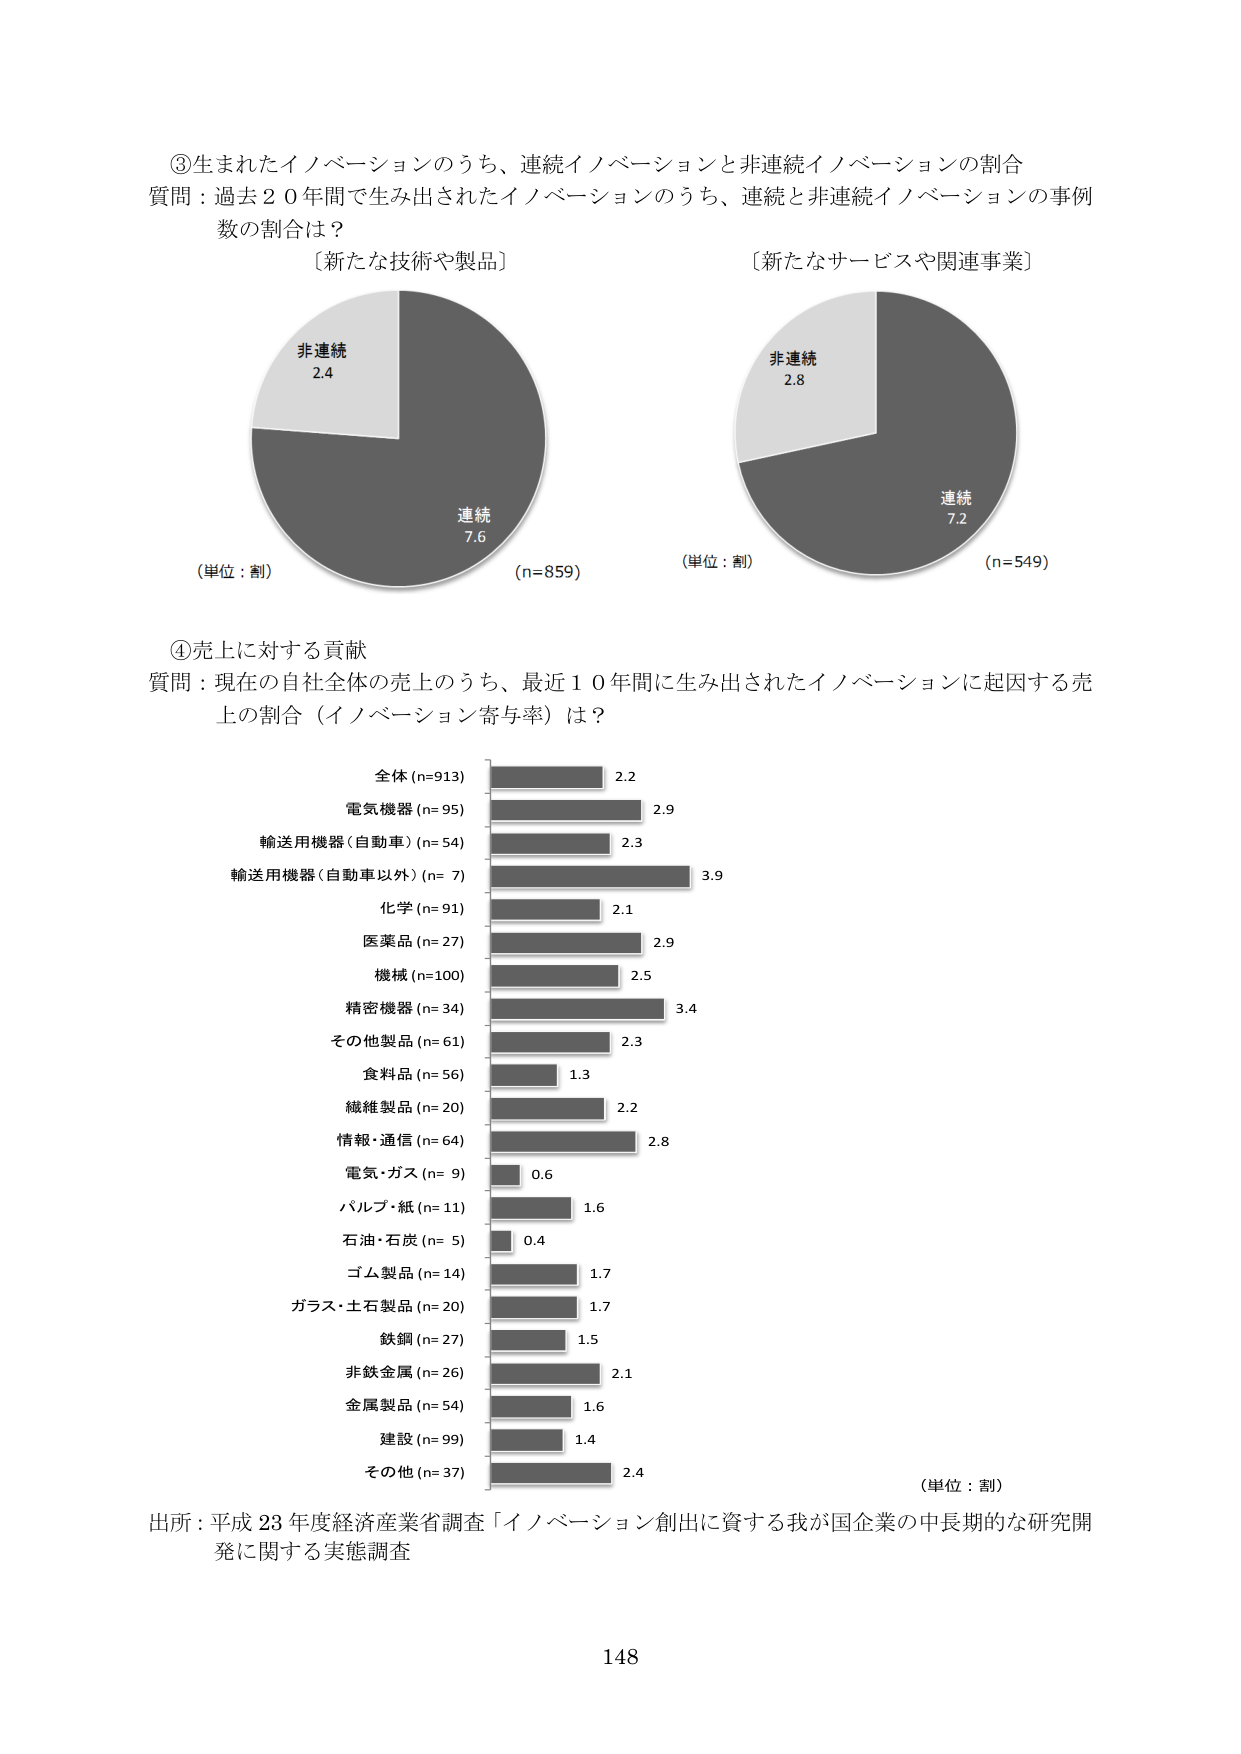
③生まれたイノベーションのうち、連続イノベーションと非連続イノベーションの割合
質問：過去２０年間で生み出されたイノベーションのうち、連続と非連続イノベーションの事例数の割合は？
［新たな技術や製品］
非連続
2.4
連続
7.6
（単位：割）
（n=859）
［新たなサービスや関連事業］
非連続
2.8
連続
7.2
（単位：割）
（n=549）

④売上に対する貢献
質問：現在の自社全体の売上のうち、最近１０年間に生み出されたイノベーションに起因する売上の割合（イノベーション寄与率）は？
全体 (n=913) 2.2
電気機器 (n=95) 2.9
輸送用機器（自動車）(n=54) 2.3
輸送用機器（自動車以外）(n=7) 3.9
化学 (n=91) 2.1
医薬品 (n=27) 2.9
機械 (n=100) 2.5
精密機器 (n=34) 3.4
その他製品 (n=61) 2.3
食料品 (n=56) 1.3
繊維製品 (n=20) 2.2
情報・通信 (n=64) 2.8
電気・ガス (n=9) 0.6
パルプ・紙 (n=11) 1.6
石油・石炭 (n=5) 0.4
ゴム製品 (n=14) 1.7
ガラス・土石製品 (n=20) 1.7
鉄鋼 (n=27) 1.5
非鉄金属 (n=26) 2.1
金属製品 (n=54) 1.6
建設 (n=99) 1.4
その他 (n=37) 2.4
（単位：割）

出所：平成23年度経済産業省調査「イノベーション創出に資する我が国企業の中長期的な研究開発に関する実態調査」
148